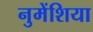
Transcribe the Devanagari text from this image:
नुमेंशिया